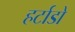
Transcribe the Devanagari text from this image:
हर्टाडो